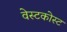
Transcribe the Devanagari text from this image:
वेस्टकोस्ट